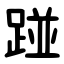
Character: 踫